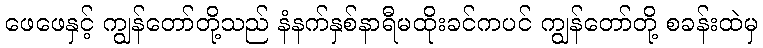
ဖေဖေနှင့် ကျွန်တော်တို့သည် နံနက်နှစ်နာရီမထိုးခင်ကပင် ကျွန်တော်တို့ စခန်းထဲမှ